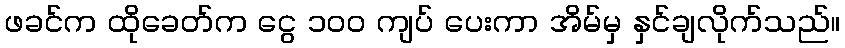
ဖခင်က ထိုခေတ်က ငွေ ၁၀၀ ကျပ် ပေးကာ အိမ်မှ နှင်ချလိုက်သည်။